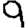
Digit: 9